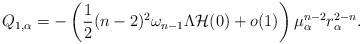
\begin{align*}Q_{1,\alpha}=-\left(\frac{1}{2} {(n-2)^2} \omega_{n-1} \Lambda \mathcal{H}(0) +o(1) \right) \mu_\alpha^{n-2}r_\alpha^{2-n}.\end{align*}